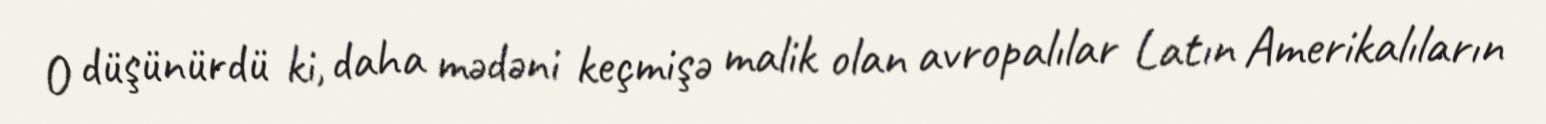
O düşünürdü ki, daha mədəni keçmişə malik olan avropalılar Latın Amerikalıların